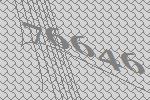
76646